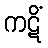
ကဋိံ